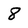
Character: 8